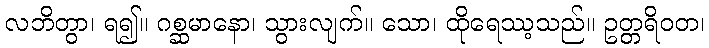
လဘိတွာ၊ ရ၍။ ဂစ္ဆမာနော၊ သွားလျက်။ သော၊ ထိုရေဿ့သည်။ ဥတ္တရိဝတ၊